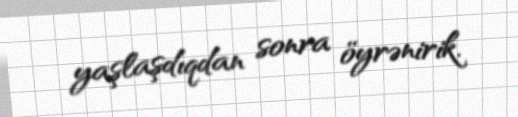
yaşlaşdıqdan sonra öyrənirik.